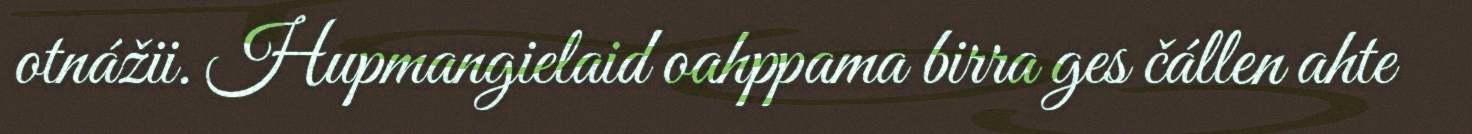
otnážii. Hupmangielaid oahppama birra ges čállen ahte